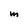
Character: M